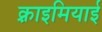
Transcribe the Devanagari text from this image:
क़्राइमियाई